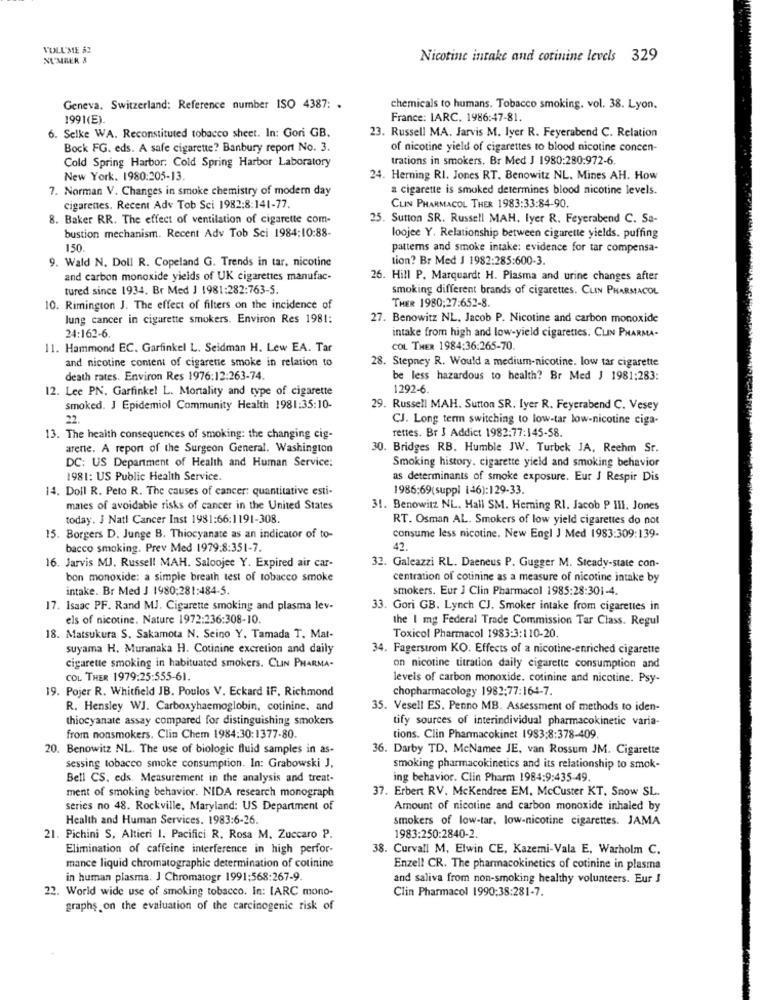
VOLL'ME 6:
NUMBER &
Nicotine intake and corinine levels 329
Geneva. Switzerland: Reference number ISO 4387: .
chemicals to humans. Tobacco smoking. vol. 38. Lyon.
1991(E).
France: IARC. 1986:47-81.
6. Selke WA. Reconstituted tobacco sheet. In: Gori GB.
23. Russell MA. Jarvis M. Iyer R. Feyerabend C. Relation
Bock FG. eds. A safe cigarette? Banbury report No. 3.
of nicotine yield of cigarettes to blood nicotine concen-
Cold Spring Harbor: Cold Spring Harbor Laboratory
trations in smokers. Br Med J 1980:280:972-6
New York. 1980:205-13.
24. Herning RI. Jones RT. Benowitz NL. Mines AH. How
7. Norman V. Changes in smoke chemistry of modern day
a cigarette is smoked determines blood nicotine levels.
cigarenes. Recent Adv Tob Sci 1982:8:141-77.
CLIN PHARMACOL THER 1983:33:84-90.
8. Baker RR. The effect of ventilation of cigarette com-
25. Sutton SR. Russell MAH. Iyer R. Feyerabend C. Sa-
bustion mechanism. Recent Adv Tob Sci 1984:10:88-
loojee Y. Relationship between cigarette yields. puffing
150
patterns and smoke intake: evidence for tar compensa-
9. Wald N. Doll R. Copeland G. Trends in tar, nicotine
tion? Br Med J 1982:285:600-3.
and carbon monoxide yields of UK cigarettes manufac-
26. Hill P. Marquardt H. Plasma and urine changes after
tured since 1934. Br Med J 1981:282:763-5.
smoking different brands of cigarettes. CLIN PHARMACOL
10. Rimington J. The effect of filters on the incidence of
THER 1980:27:652-8.
lung cancer in cigarette smokers. Environ Res 1981:
27. Benowitz NL. Jacob P. Nicotine and carbon monoxide
24:162-6
intake from high and low-yield cigarettes. CLIN PHARMA-
11. Hammond EC. Garfinkel L. Seidman H. Lew EA. Tar
COL THER 1984:36:265-70
and nicotine content of cigarene smoke in relation to
28. Stepney R. Would a medium-nicotine. low tar cigarette
death rates. Environ Res 1976:12:263-74.
be less hazardous to health? Br Med J 1981:283:
12. Lee PN. Garfinkel L. Mortality and type of cigarette
1292-6.
smoked. J Epidemiol Community Health 1981:35:10-
29. Russell MAH. Sutton SR. Iyer R. Feyerabend C. Vesey
22.
CJ. Long term switching to low-tar low-nicotine ciga-
13. The health consequences of smoking: the changing cig-
rettes. Br J Addict 1982:77:145-58
arenie. A report of the Surgeon General. Washington
30. Bridges RB. Humble JW. Turbek JA, Reehm Sr.
DC: US Department of Health and Human Service:
Smoking history. cigarette yield and smoking behavior
1981: US Public Health Service.
as determinants of smoke exposure. Eur J Respir Dis
14. Doll R. Peto R. The causes of cancer: quantitative esti-
1986:69(suppl 146):129-33.
males of avoidable risks of cancer in the United States
31. Benowitz NL. Hall SM. Herning RI. Jacob P Ill. Jones
today. J Natl Cancer Inst 1981:66:1191-308.
RT. Osman AL. Smokers of low yield cigarettes do not
15. Borgers D. Junge B. Thiocyanate as an indicator of to-
consume less nicotine. New Engl J Med 1983:309:139-
bacco smoking. Prev Med 1979:8:351-7.
42.
16. Jarvis MJ. Russell MAH. Saloojee Y. Expired air car-
32. Galeazzi RL. Daeneus P. Gugger M. Steady-state con-
bon monoxide: a simple breath test of tobacco smoke
centration of cotinine as a measure of nicotine intake by
intake. Br Med J 1980:281:484-5.
smokers. Eur J Clin Pharmacol 1985:28:301-4.
17. Isaac PF. Rand MJ. Cigarette smoking and plasma lev-
33. Gori GB. Lynch CJ. Smoker intake from cigarettes in
els of nicotine. Nature 1972:236:308-10.
the I mg Federal Trade Commission Tar Class. Regul
18. Matsukura S. Sakamota N. Seino Y, Tamada T. Mat-
Toxicol Pharmacol 1983:3:110-20
suyama H. Muranaka H. Cotinine excretion and daily
34. Fagerstrom KO. Effects of a nicotine-enriched cigarette
cigarette smoking in habituated smokers. CLIN PHARMA-
on nicotine titration daily cigarette consumption and
COL THER 1979:25:555-61.
levels of carbon monoxide. cotinine and nicotine. Psy-
19. Pojer R. Whitfield JB. Poulos V. Eckard IF, Richmond
chopharmacology 1982:77:164-7.
R. Hensley WJ. Carboxyhaemoglobin, cotinine, and
35. Vesell ES. Penno MB. Assessment of methods to iden-
thiocyanate assay compared for distinguishing smokers
tify sources of interindividual pharmacokinetic varia-
from nonsmokers. Clin Chem 1984:30:1377-80.
tions. Clin Pharmacokinet 1983;8:378-409
20. Benowitz NL. The use of biologic fluid samples in as-
36. Darby TD. McNamee JE, van Rossum JM. Cigarette
sessing tobacco smoke consumption. In: Grabowski J.
smoking pharmacokinetics and its relationship to smok-
Bell CS. eds. Measurement in the analysis and treat-
ing behavior. Clin Pharm 1984:9:435-49.
ment of smoking behavior. NIDA research monograph
37. Erbent RV. Mckendree EM, McCuster KT, Snow SL.
series no 48. Rockville, Maryland: US Department of
Amount of nicotine and carbon monoxide inhaled by
Health and Human Services. 1983:6-26.
smokers of low-tar, low-nicotine cigarettes. JAMA
21. Pichini S, Altieri 1. Pacifici R. Rosa M. Zuccaro P.
1983:250:2840-2.
Elimination of caffeine interference in high perfor-
38. Curvall M, Elwin CE, Kazemi-Vala E, Warholm C.
mance liquid chromatographie determination of cotinine
Enzell CR. The pharmacokinetics of cotinine in plasma
in human plasma. J Chromatogr 1991:568:267-9
and saliva from non-smoking healthy volunteers. Eur J
22. World wide use of smoking tobacco. In: IARC mono-
Clin Pharmacol 1990:38:281-7.
graphs on the evaluation of the carcinogenic risk of